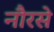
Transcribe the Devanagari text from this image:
नौरसे